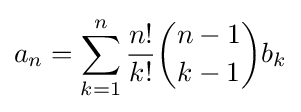
a_{n}=\sum _{k=1}^{n}{\frac {n!}{k!}}{\binom {n-1}{k-1}}b_{k}